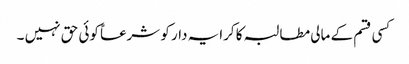
کسی قسم کے مالی مطالبہ کا کرایہ دار کو شرعاً کوئی حق نہیں ۔